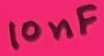
Text: 10nF